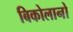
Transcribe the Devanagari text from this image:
बिकोलानो